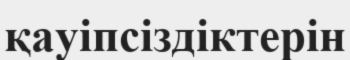
қауіпсіздіктерін